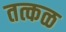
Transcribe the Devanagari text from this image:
तत्कळ